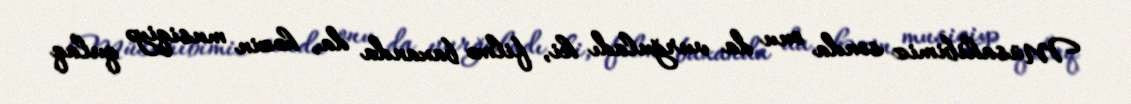
Müsahibimiz sonda onu da vurğuladı ki, filmə baxanda da, həzin musiqiyə qulaq